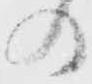
の